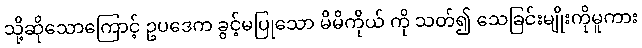
သို့ဆိုသောကြောင့် ဥပဒေက ခွင့်မပြုသော မိမိကိုယ် ကို သတ်၍ သေခြင်းမျိုးကိုမူကား